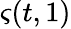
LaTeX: \varsigma(t,1)